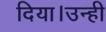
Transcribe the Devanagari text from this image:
दिया।उन्ही